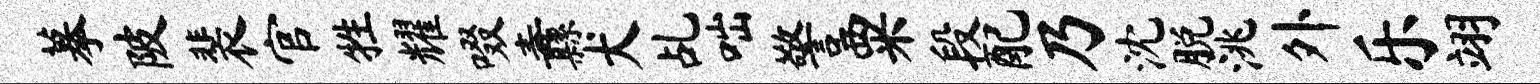
摹陂裴官牲耀啜纛犬乩咄警粟段配乃沈脱洮外乐翊